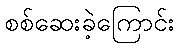
စစ်ဆေးခဲ့ကြောင်း